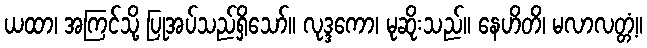
ယထာ၊ အကြင်သို့ ပြုအပ်သည်ရှိသော်။ လုဒ္ဒကော၊ မုဆိုးသည်။ နေဟိတိ၊ မလာလတ္တံ့။